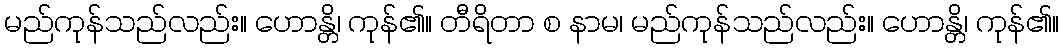
မည်ကုန်သည်လည်း။ ဟောန္တိ၊ ကုန်၏။ တီရိတာ စ နာမ၊ မည်ကုန်သည်လည်း။ ဟောန္တိ၊ ကုန်၏။